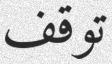
توقف